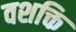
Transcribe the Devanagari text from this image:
वशक्ति